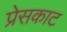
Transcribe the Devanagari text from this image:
प्रेसकाट